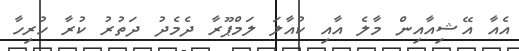
އެއާ އޭޝިއާއިން މާލެ އާއި ކުއާލަ ލަމްޕޫރާ ދެމެދު ދަތުުރު ކުރާ ހުރިހާ